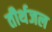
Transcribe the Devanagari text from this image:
तीर्थजल